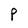
Character: P